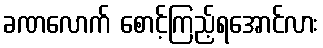
ခဏလောက် စောင့်ကြည့်ရအောင်လား